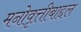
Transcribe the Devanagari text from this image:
मनोवृत्तीबाद्दल